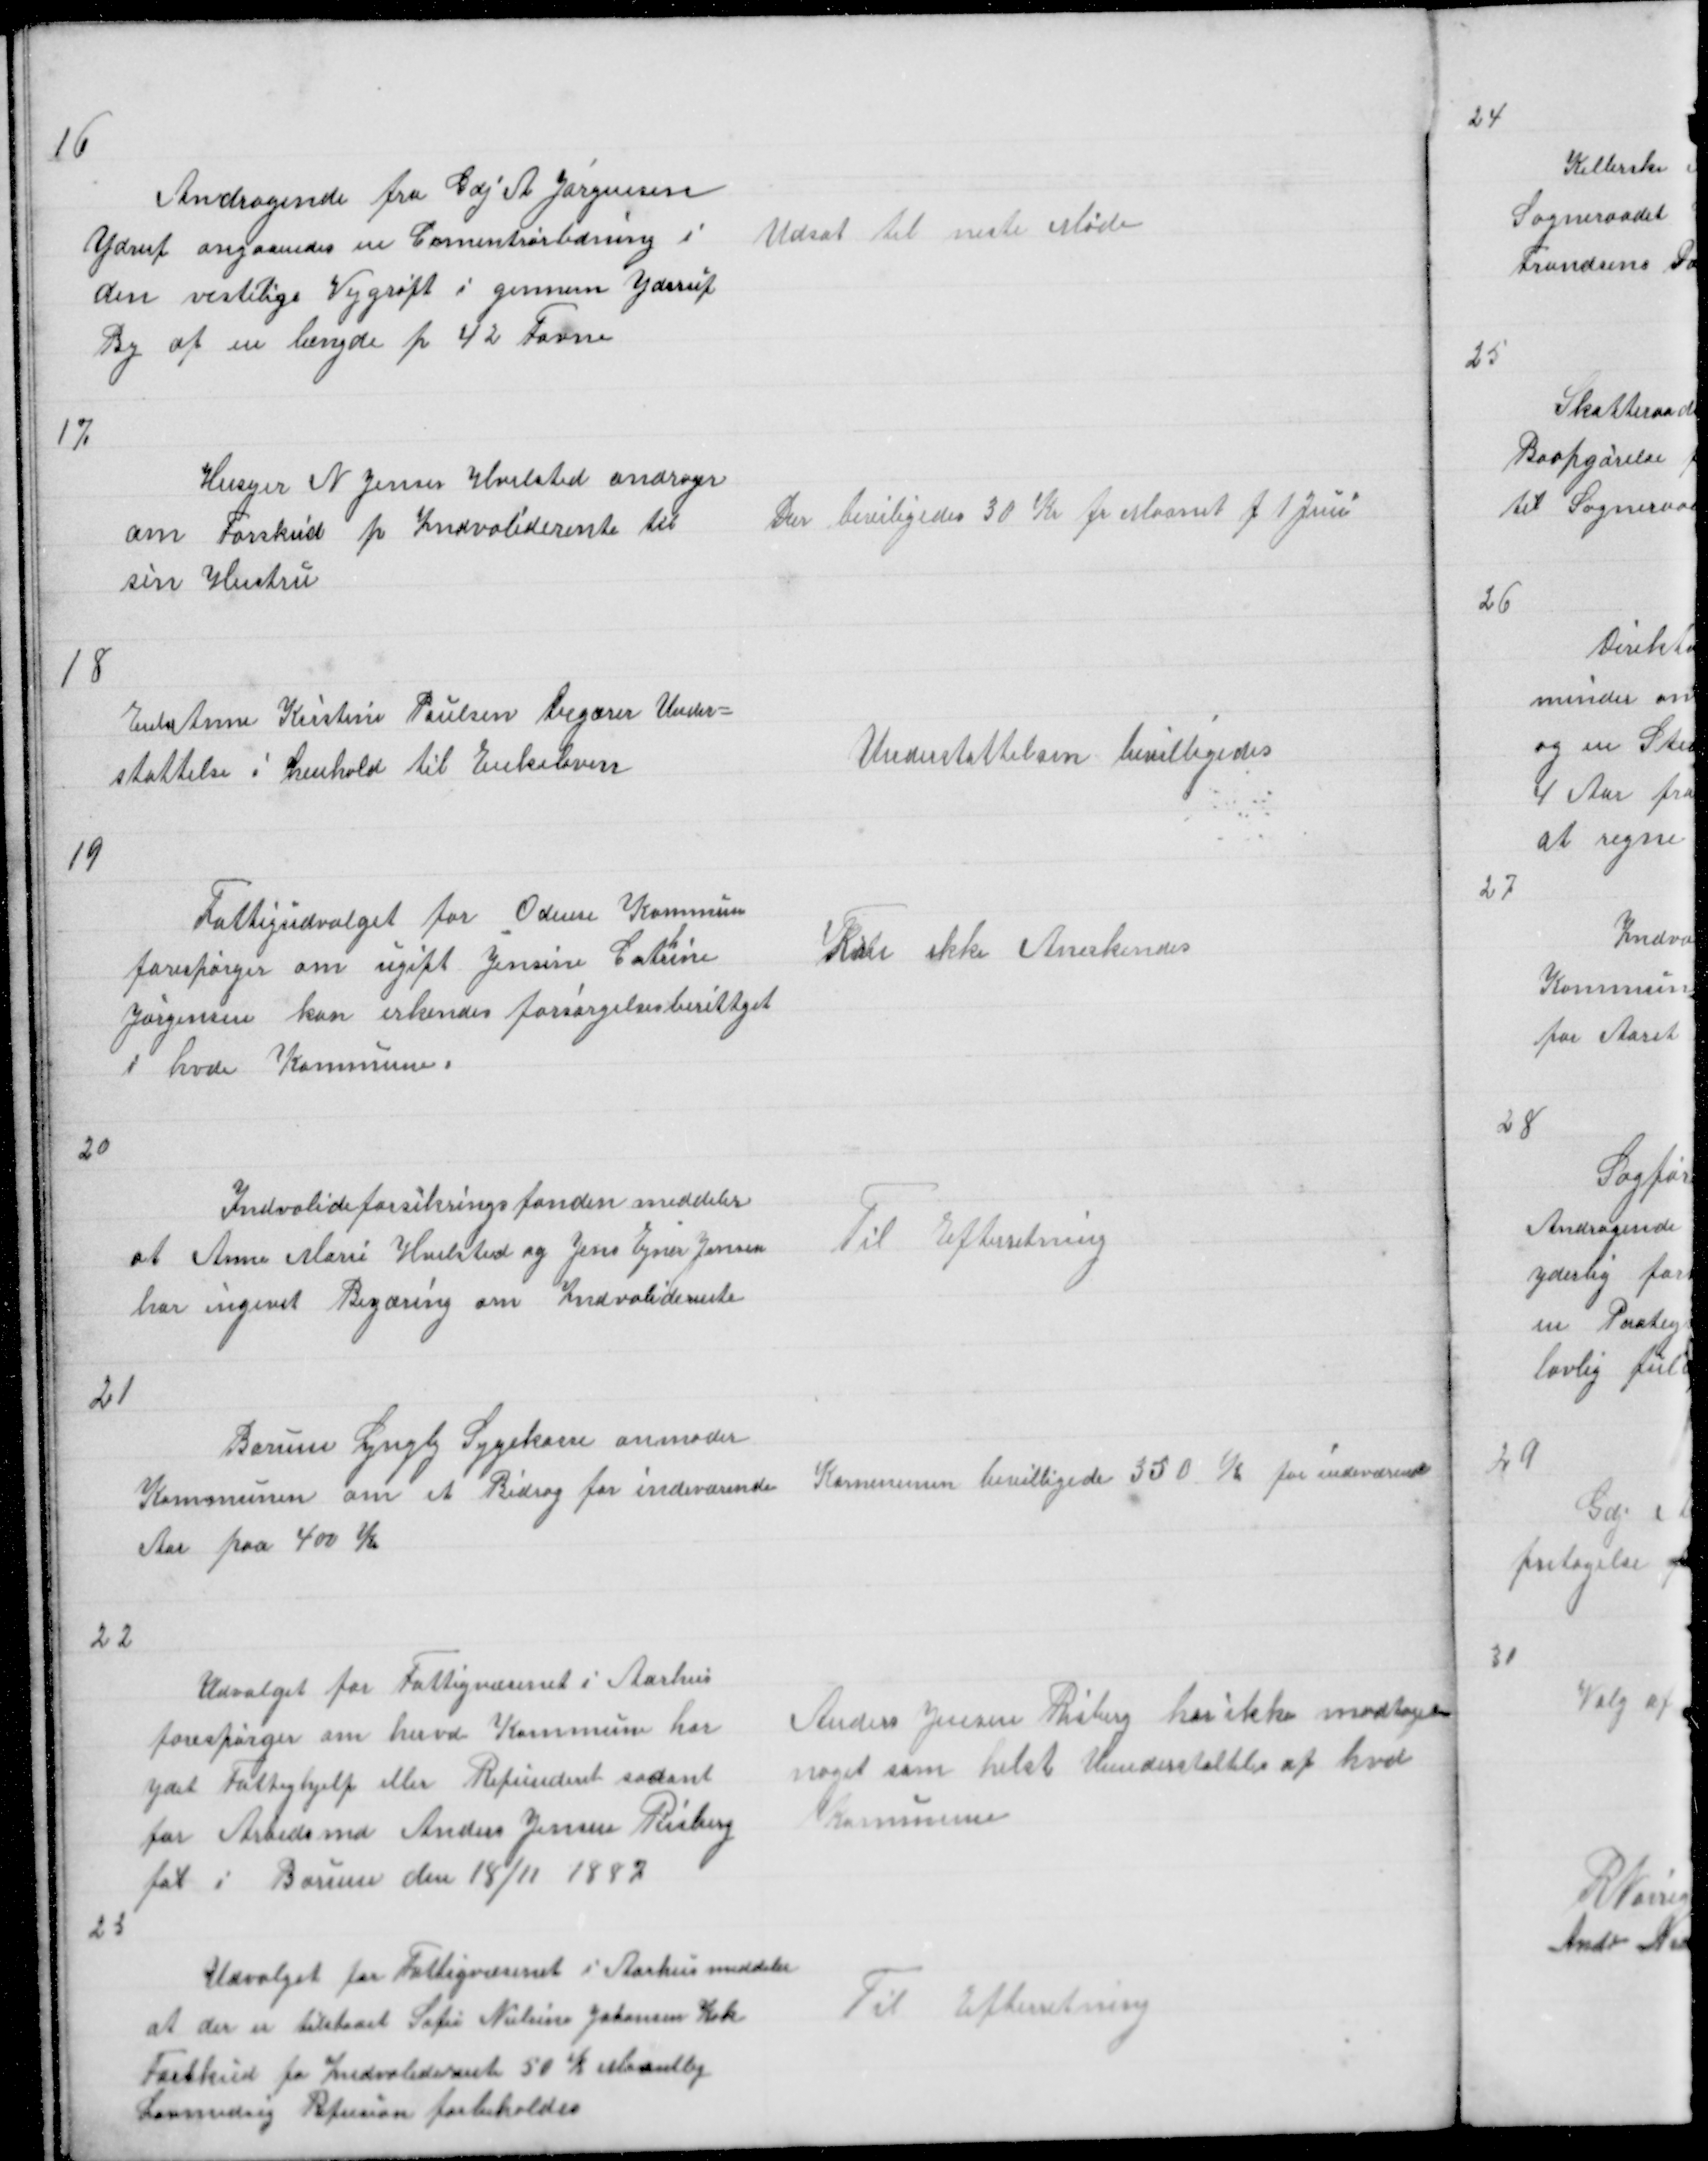
Transskription:
16

Andragende fra Gdj A Jørgensen
Yderup angaaende en Cementrørledning i
den vestlige Vejgrøft i gennem Yderup
By af en længde p 42 Favne

Udsat til neste Møde

17

Husejer N Jenses Hvilsted andrager
om Forskud p Indvaliderente til
sin Hustru

Der beviligedes 30 Kr p Maanet f 1 Juni

18

Enke Anne Kirstine Paulsen begærer Under =
støttelse i henhold til Enkeloven

Understøttelsen bevilligedes

19

Fattigudvalget for Odense Kommun
forespørger om ugift Jensine Catrine
Jørgensen kan erkendes forsørgelsesberettiget
i hvd Kommune

Kan ikke Anerkendes

20

Indvalideforsikringsfonden meddeler
at Anne Marie Hvilsted og Jens Ejner Jensen
har ingivet Begæring om Indvaliderente

Til Efterretning

21

Borum Lyngby Sygekasse anmoder
Kommunen om et Bidrag for indeværende
Aar paa 400 Kr

Kommunen bevilligede 350 K for indeværende

22

Udvalget for Fattigvæsenet i Aarhus
forespørger on hervd Kommune har
ydet Fattighjelp eller Refunderet sadant
for Arbedsmd Anders Jensen Risberg
føt i Borum den 18/11 1887

Anders Jensen Risberg har ikke modtagen
noget som helst Understøttelse af hvd
Kommune

23

Udvalget for Fattigvæsenet i Aarhus meddeler
at der tilstaaet Sofie Nielsine Johansen Kok
Forskud paa Indvaliderente 50 K Maanetlig
Lovmedsig Refusion forbeholdes

Til Efterretning